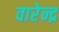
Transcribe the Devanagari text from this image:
वारेन्द्र